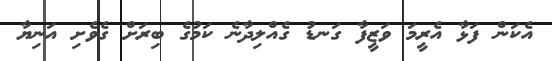
އެކަން ފަޅާ އެރީމަ ވަޒީފާ ގަނޑު ގެއްލިދާނެ ކަމުގެ ބިރަަށް ގެވެށި އަނިޔާ